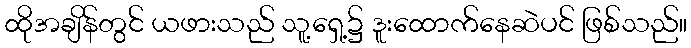
ထိုအချိန်တွင် ယဖားသည် သူ့ရှေ့၌ ဒူးထောက်နေဆဲပင် ဖြစ်သည်။